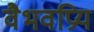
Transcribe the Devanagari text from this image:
वैभवप्रिय